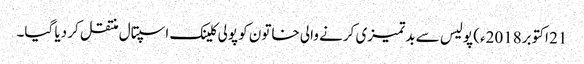
21 اکتوبر2018ء) پولیس سے بدتمیزی کرنے والی خاتون کو پولی کلینک اسپتال منتقل کر دیا گیا۔